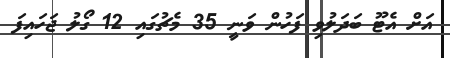
އަށް އެޓޫ ބަދަލުވި ފަހުން ވަނީ 35 މެޗުގައި 12 ގޯލު ޖަހައިފަ